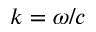
k = \omega / c